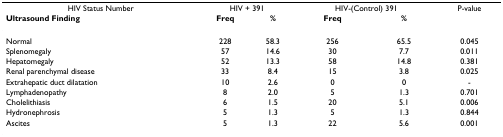
<table><thead><tr><td><b>HIV Status Number</b></td><td colspan="2"><b>HIV + 391</b></td><td colspan="2"><b>HIV-(Control) 391</b></td><td><b>P-value</b></td></tr><tr><td><b>Ultrasound Finding</b></td><td><b>Freq</b></td><td><b>%</b></td><td><b>Freq</b></td><td><b>%</b></td><td></td></tr></thead><tbody><tr><td>Normal</td><td>228</td><td>58.3</td><td>256</td><td>65.5</td><td>0.045</td></tr><tr><td>Splenomegaly</td><td>57</td><td>14.6</td><td>30</td><td>7.7</td><td>0.011</td></tr><tr><td>Hepatomegaly</td><td>52</td><td>13.3</td><td>58</td><td>14.8</td><td>0.381</td></tr><tr><td>Renal parenchymal disease</td><td>33</td><td>8.4</td><td>15</td><td>3.8</td><td>0.025</td></tr><tr><td>Extrahepatic duct dilatation</td><td>10</td><td>2.6</td><td>0</td><td>0</td><td>-</td></tr><tr><td>Lymphadenopathy</td><td>8</td><td>2.0</td><td>5</td><td>1.3</td><td>0.701</td></tr><tr><td>Cholelithiasis</td><td>6</td><td>1.5</td><td>20</td><td>5.1</td><td>0.006</td></tr><tr><td>Hydronephrosis</td><td>5</td><td>1.3</td><td>5</td><td>1.3</td><td>0.844</td></tr><tr><td>Ascites</td><td>5</td><td>1.3</td><td>22</td><td>5.6</td><td>0.001</td></tr></tbody></table>